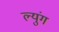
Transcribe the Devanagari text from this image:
ल्युंग